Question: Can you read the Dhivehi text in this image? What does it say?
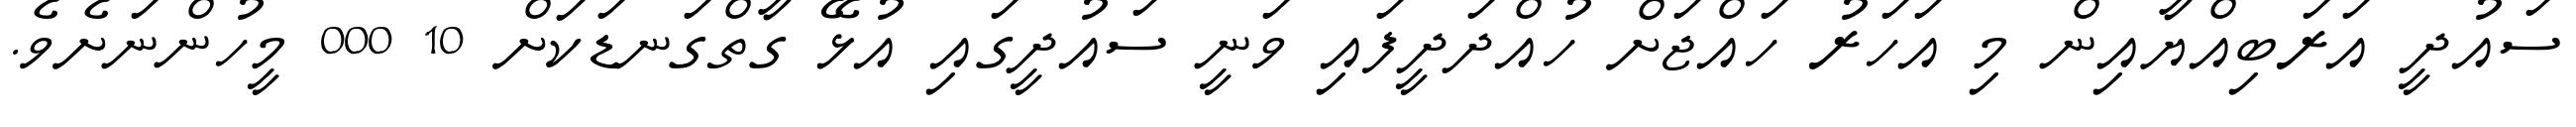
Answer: ސައުދީ އަރަބިއްޔާއިން މި އަހަރު ހައްޖަށް ހުއްދަދީފައި ވަނީ ސައުދީގައި އުޅޭ ގާތްގަނޑަކަށް 10 000 މީހުންނަށެވެ.